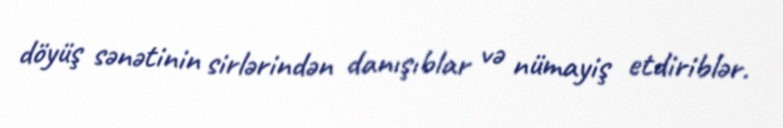
döyüş sənətinin sirlərindən danışıblar və nümayiş etdiriblər.